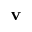
\mathbf { v }